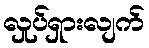
လှုပ်ရှားလျက်